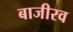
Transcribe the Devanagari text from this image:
बाजीरव